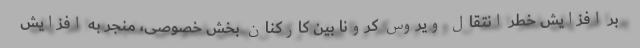
بر افزایش خطر انتقال ویروس کرونا بین کارکنان بخش خصوصی، منجر به افزایش